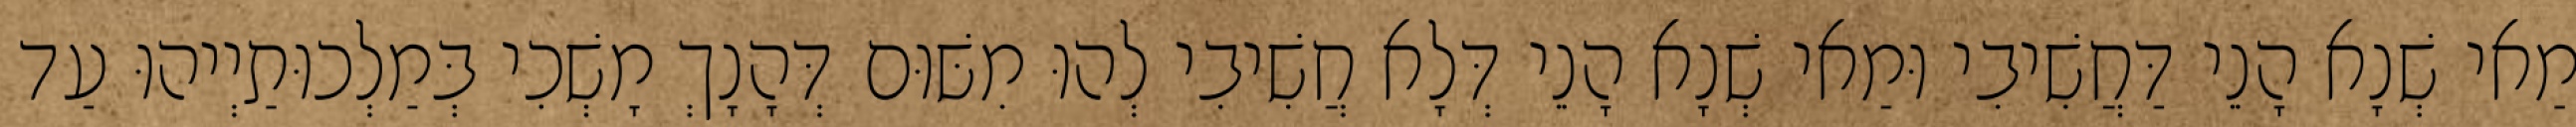
מַאי שְׁנָא הָנֵי דַּחֲשִׁיבִי וּמַאי שְׁנָא הָנֵי דְּלָא חֲשִׁיבִי לְהוּ מִשּׁוּם דְּהָנָךְ מָשְׁכִי בְּמַלְכוּתַיְיהוּ עַד